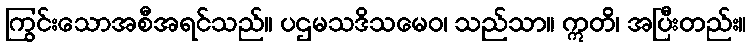
ကြွင်းသောအစီအရင်သည်။ ပဌမသဒိသမေဝ၊ သည်သာ။ ဣတိ၊ အပြီးတည်း။